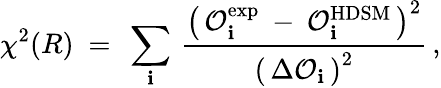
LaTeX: \chi^{2}(R)\ =\ \sum_{\mathbf{i}}\, \frac{{\left(\, \mathcal{{O}}_{\mathbf{i}}^{\mathrm{{exp}}}\: -\: \mathcal{{O}}_{\mathbf{i}}^{\mathrm{{HDSM}}}\, \right)^{2}}}{{\left(\, \Delta\mathcal{{O}}_{\mathbf{i}}\, \right)^{2}}}\, ,